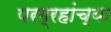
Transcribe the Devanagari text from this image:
परग्रहांच्या